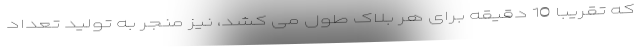
که تقریبا 10 دقیقه برای هر بلاک طول می کشد، نیز منجر به تولید تعداد